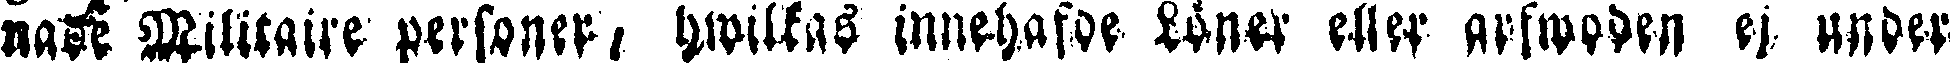
nade Mlitaire personer, hwilkas innehafde Löner eller arfwaden ej under